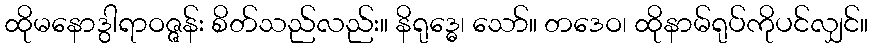
ထိုမနောဒွါရာဝဇ္ဇန်း စိတ်သည်လည်း။ နိရုဒ္ဓေ၊ သော်။ တဒေဝ၊ ထိုနာမ်ရုပ်ကိုပင်လျှင်။